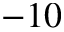
- 1 0